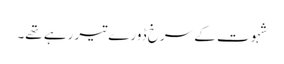
شہوت کے سرخ ڈورے تیر رہے تھے۔